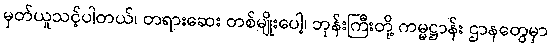
မှတ်ယူသင့်ပါတယ်၊ တရားဆေး တစ်မျိုးပေါ့၊ ဘုန်းကြီးတို့ ကမ္မဋ္ဌာန်း ဌာနတွေမှာ